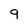
Character: 9